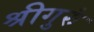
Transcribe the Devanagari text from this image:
श्रीगुरुं